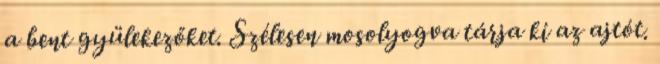
a bent gyülekezőket. Szélesen mosolyogva tárja ki az ajtót.